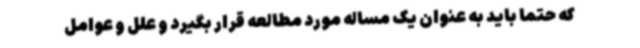
که حتما باید به عنوان یک مساله مورد مطالعه قرار بگیرد و علل و عوامل